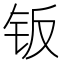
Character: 钣